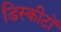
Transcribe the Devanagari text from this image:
डिस्कीटों